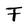
Character: F